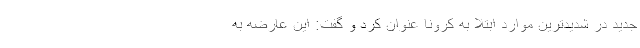
جدید در شدیدترین موارد ابتلا به کرونا عنوان کرد و گفت: این عارضه به